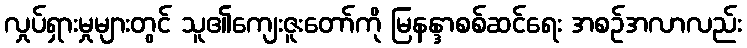
လှုပ်ရှားမှုများတွင် သူ၏ကျေးဇူးတော်ကို မြနန္ဒာစစ်ဆင်ရေး အစဉ်အလာလည်း